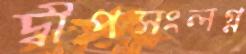
দ্বীপসংলগ্ন